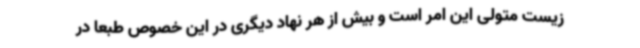
زیست متولی این امر است و بیش از هر نهاد دیگری در این خصوص طبعاً در